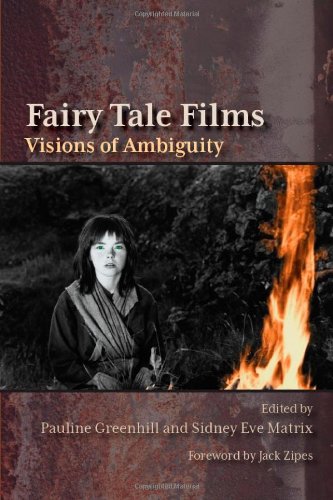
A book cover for Fairy Tale Films: Visions of Ambiguity; Humor & Entertainment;